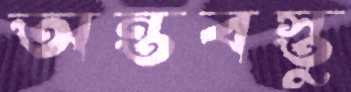
অন্তবস্তু